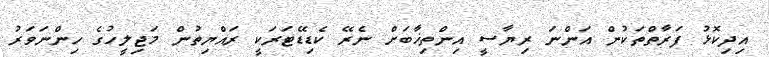
އިދިކޮޅު ފަރާތްތަކުން އަންނަ ރިޔާސީ އިންތިޚާބަށް ނެރޭ ކެޑިޑޭޓަރަކީ ރައްޔިތުން މަޖިލީހުގެ ހިންނަވަރު